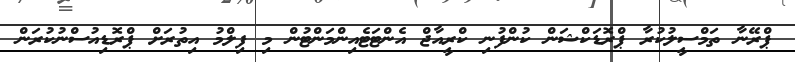
ޕްރޭނާ ތަމްސީލުކުރާ ޕްރޮޑަކްޝަން ކުންފުނި ކްރީއާޖް އެންޓަޓެއިންމަންޓުން މި ފިލްމު އިތުރަށް ޕްރޮޑިއުސްނުކުރަން